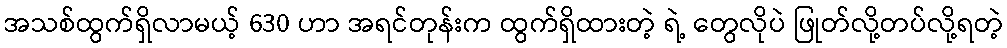
အသစ်ထွက်ရှိလာမယ့် 630 ဟာ အရင်တုန်းက ထွက်ရှိထားတဲ့ ရဲ့ တွေလိုပဲ ဖြုတ်လို့တပ်လို့ရတဲ့